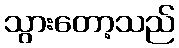
သွားတော့သည်